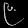
Digit: ၉